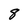
Character: 8